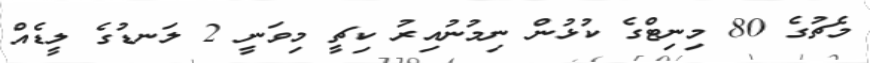
މެޗުގެ 80 މިނިޓްގެ ކުޅުން ނިމުނުއިރު ކިޗީ މިވަނީ 2 ލަނޑުގެ ލީޑެއް